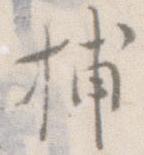
捕